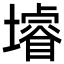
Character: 龼